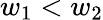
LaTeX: w_{1}<w_{2}